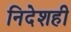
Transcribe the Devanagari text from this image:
निदेशही